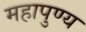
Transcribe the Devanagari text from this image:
महापुण्य